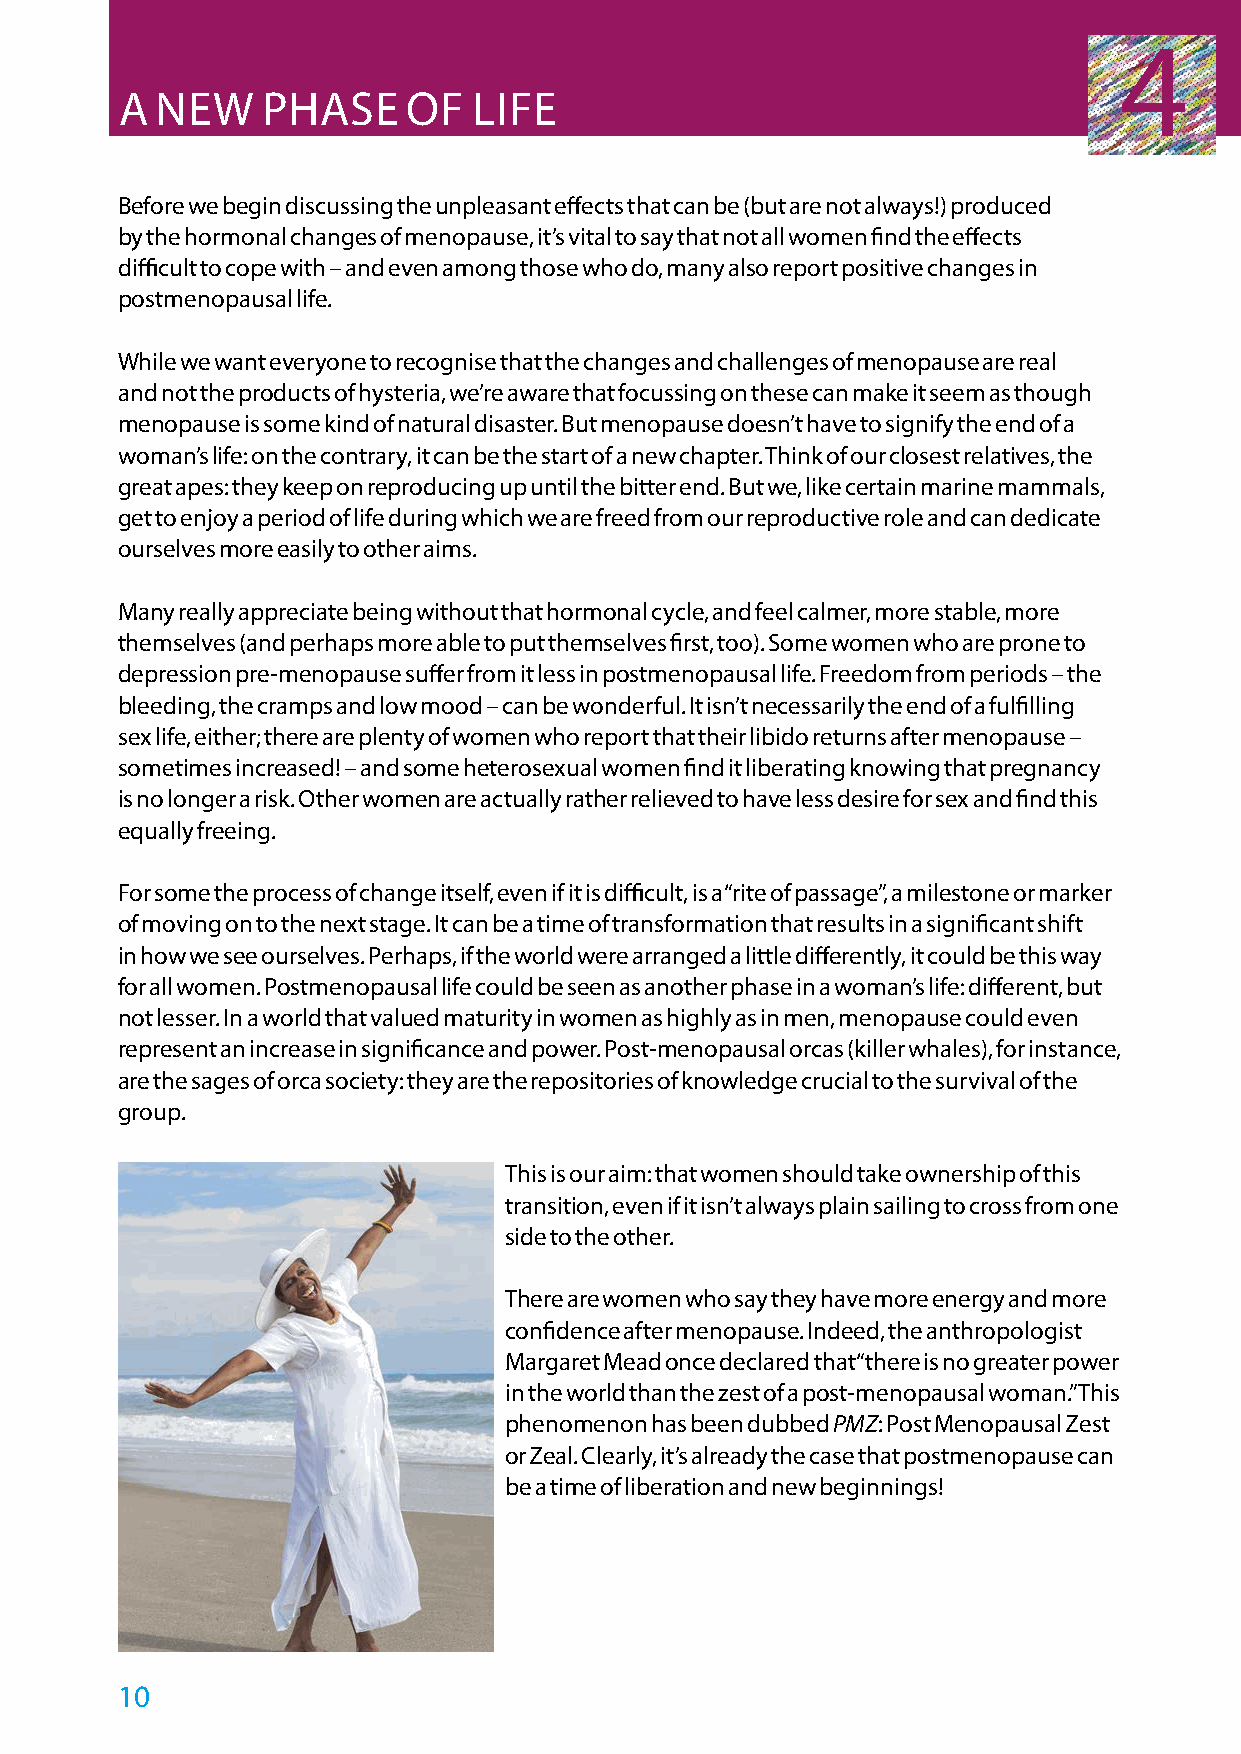
4
 A NEW    PHASE     OF  LIFE
 Before we begin discussing the unpleasant effects that can be (but are not always!) produced
 by the hormonal changes of menopause, it’s vital to say that not all women find the effects
 difficult to cope with – and even among those who do, many also report positive changes in
 postmenopausal life.
 While we want everyone to recognise that the changes and challenges of menopause are real
 and not the products of hysteria, we’re aware that focussing on these can make it seem as though
 menopause is some kind of natural disaster. But menopause doesn’t have to signify the end of a
 woman’s life: on the contrary, it can be the start of a new chapter. Think of our closest relatives, the
 great apes: they keep on reproducing up until the bitter end. But we, like certain marine mammals,
 get to enjoy a period of life during which we are freed from our reproductive role and can dedicate
 ourselves more easily to other aims.
 Many really appreciate being without that hormonal cycle, and feel calmer, more stable, more
 themselves (and perhaps more able to put themselves first, too). Some women who are prone to
 depression pre-menopause suffer from it less in postmenopausal life. Freedom from periods – the
 bleeding, the cramps and low mood – can be wonderful. It isn’t necessarily the end of a fulfilling
 sex life, either; there are plenty of women who report that their libido returns after menopause –
 sometimes increased! – and some heterosexual women find it liberating knowing that pregnancy
 is no longer a risk. Other women are actually rather relieved to have less desire for sex and find this
 equally freeing.
 For some the process of change itself, even if it is difficult, is a “rite of passage”, a milestone or marker
 of moving on to the next stage. It can be a time of transformation that results in a significant shift
 in how we see ourselves. Perhaps, if the world were arranged a little differently, it could be this way
 for all women. Postmenopausal life could be seen as another phase in a woman’s life: different, but
 not lesser. In a world that valued maturity in women as highly as in men, menopause could even
 represent an increase in significance and power. Post-menopausal orcas (killer whales), for instance,
 are the sages of orca society: they are the repositories of knowledge crucial to the survival of the
 group.
 This is our aim: that women should take ownership of this
 transition, even if it isn’t always plain sailing to cross from one
 side to the other.
 There are women who say they have more energy and more
 confidence after menopause. Indeed, the anthropologist
 Margaret Mead once declared that “there is no greater power
 in the world than the zest of a post-menopausal woman.” This
 phenomenon has been dubbed PMZ: Post Menopausal Zest
 or Zeal. Clearly, it’s already the case that postmenopause can
 be a time of liberation and new beginnings!
 10